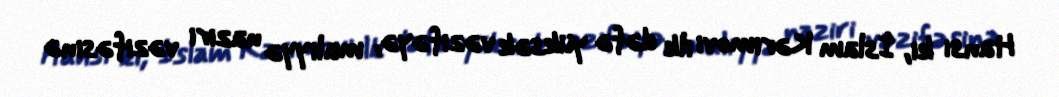
Hansı ki, İslam Kərimovi ilk dəfə yüksək vəzifəyə, maliyyə naziri vəzifəsinə